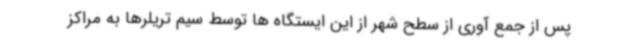
پس از جمع آوری از سطح شهر از این ایستگاه ها توسط سیم تریلرها به مراکز